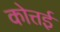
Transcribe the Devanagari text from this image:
कोत्तई